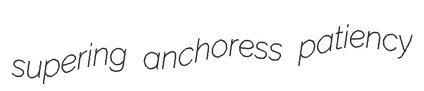
supering anchoress patiency